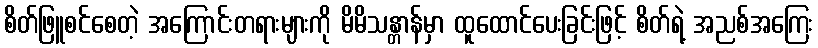
စိတ်ဖြူစင်စေတဲ့ အကြောင်းတရားများကို မိမိသန္တာန်မှာ ထူထောင်ပေးခြင်းဖြင့် စိတ်ရဲ့ အညစ်အကြေး